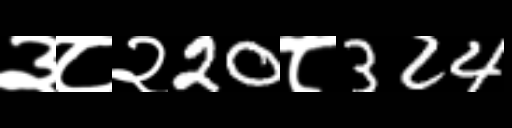
Text: ३८२20८324